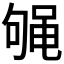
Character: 𱌁